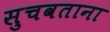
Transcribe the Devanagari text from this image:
सुचवताना